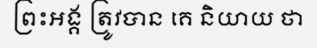
ព្រះអង្គ ត្រូវបាន គេ និយាយ ថា